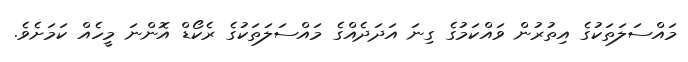
މައްސަލަތަކުގެ އިތުރުން ވައްކަމުގެ ގިނަ އަދަދެއްގެ މައްސަލަތަކުގެ ރެކޯޑް އޮންނަ މީހެއް ކަމަށެވެ.